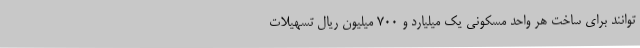
توانند برای ساخت هر واحد مسکونی یک میلیارد و 700 میلیون ریال تسهیلات